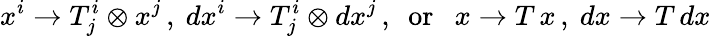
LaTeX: x^{i}\rightarrow T_{j}^{i}\otimes x^{j}\, ,\ dx^{i}\rightarrow T_{j}^{i}\otimes dx^{j}\, ,\ \ \mathrm{or}\ \ \ x\rightarrow T\, x\, ,\ dx\rightarrow T\, dx